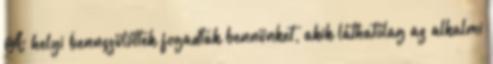
A helyi bennszülöttek fo­gadtak bennünket, akik láthatólag az alkalmi